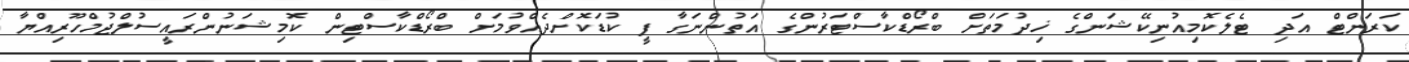
ކަރަންޓް އަދި ޓެލެކޮމިއުނިކޭޝަންގެ ޚިދުމަތަށް ބްރޯޑްކާސްޓަރުންގެ އަތުންނަގާ ފީ ކުޑަކޮށްދެއްވުމަށް ބްރޯޑްކާސްޓިން ކޮމިޝަނުންރައީސުލްޖުމްހޫރިއްޔާ